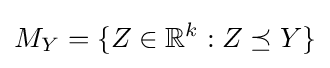
M_{Y}=\{Z\in \mathbb {R} ^{k}:Z\preceq Y\}